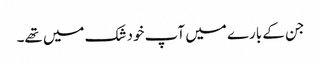
جن کے بارے میں آپ خود شک میں تھے۔